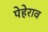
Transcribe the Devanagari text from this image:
पेहेराव